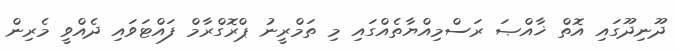
ދޫނިދޫގައި އޮތް ޚާއްޞަ ރަސްމިއްޔާތެއްގައި މި ތަމްރީނު ޕްރޮގްރާމް ފައްޓަވައި ދެއްވީ މެރިން